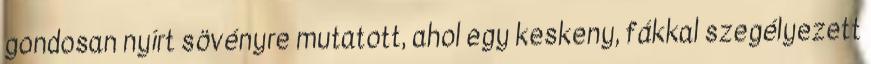
gondosan nyírt sövényre mutatott, ahol egy keskeny, fákkal szegélyezett